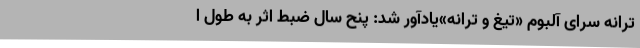
ترانه سرای آلبوم «تیغ و ترانه»یادآور شد: پنح سال ضبط اثر به طول ا